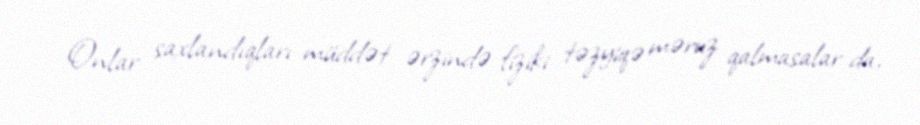
Onlar saxlandıqları müddət ərzində fiziki təzyiqə məruz qalmasalar da,